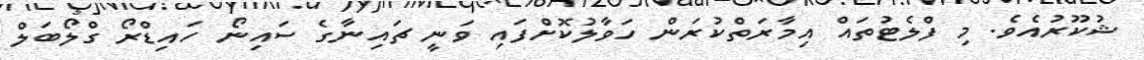
ޝުކޫރުއެވެ. މި ފްލެޓުތައް އިމާރަތްކުރަން ހަވާލުކޮށްފައި ވަނީ ޗައިނާގެ ސައިނޯ ހައިޑްރޯ ގްލޯބަލް